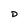
Character: D